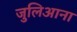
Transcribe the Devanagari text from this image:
जुलिआना